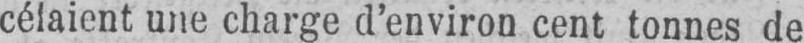
célaient une charge d’environ cent tonnes de